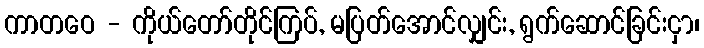
ကာတဝေ - ကိုယ်တော်တိုင်ကြပ်, မပြတ်အောင်လျှင်း, ရွက်ဆောင်ခြင်းငှာ၊